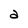
Character: a